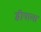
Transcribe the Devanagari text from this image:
द्वीपाला